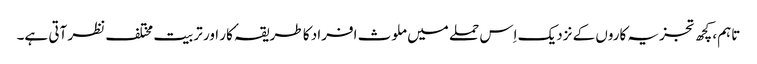
تاہم، کچھ تجزیہ کاروں کے نزدیک اِس حملے میں ملوث افراد کا طریقہٴ کار اور تربیت مختلف نظر آتی ہے۔